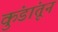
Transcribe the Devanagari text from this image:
कुंडांतून